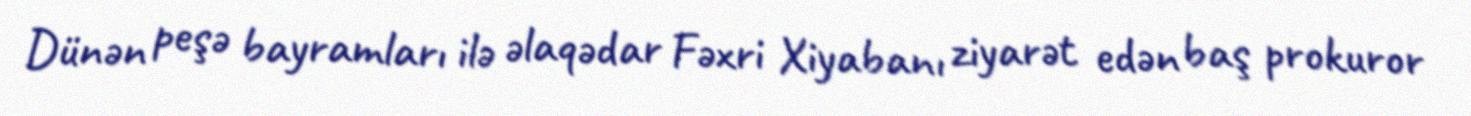
Dünən peşə bayramları ilə əlaqədar Fəxri Xiyabanı ziyarət edən baş prokuror